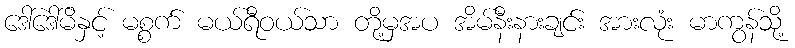
ဒေါ်ဒေါ်မိနှင့် မစ္စက် မယ်ရီဝယ်သာ တို့မှအပ အိမ်နီးနားချင်း အားလုံး မာကွန်သို့